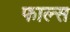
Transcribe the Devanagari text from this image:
फाल्‍स